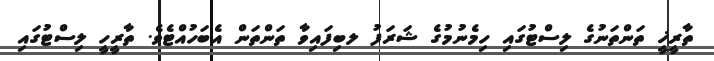
ތާރީޚީ ތަންތަނުގެ ލިސްޓުގައި ހިމެނުމުގެ ޝަރަފު ލބިފައިވާ ތަންތަން އެބަހުއްޓެވެ. ތާރީހީ ލިސްޓުގައި